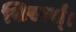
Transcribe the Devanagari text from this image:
सिस्टर्स्।